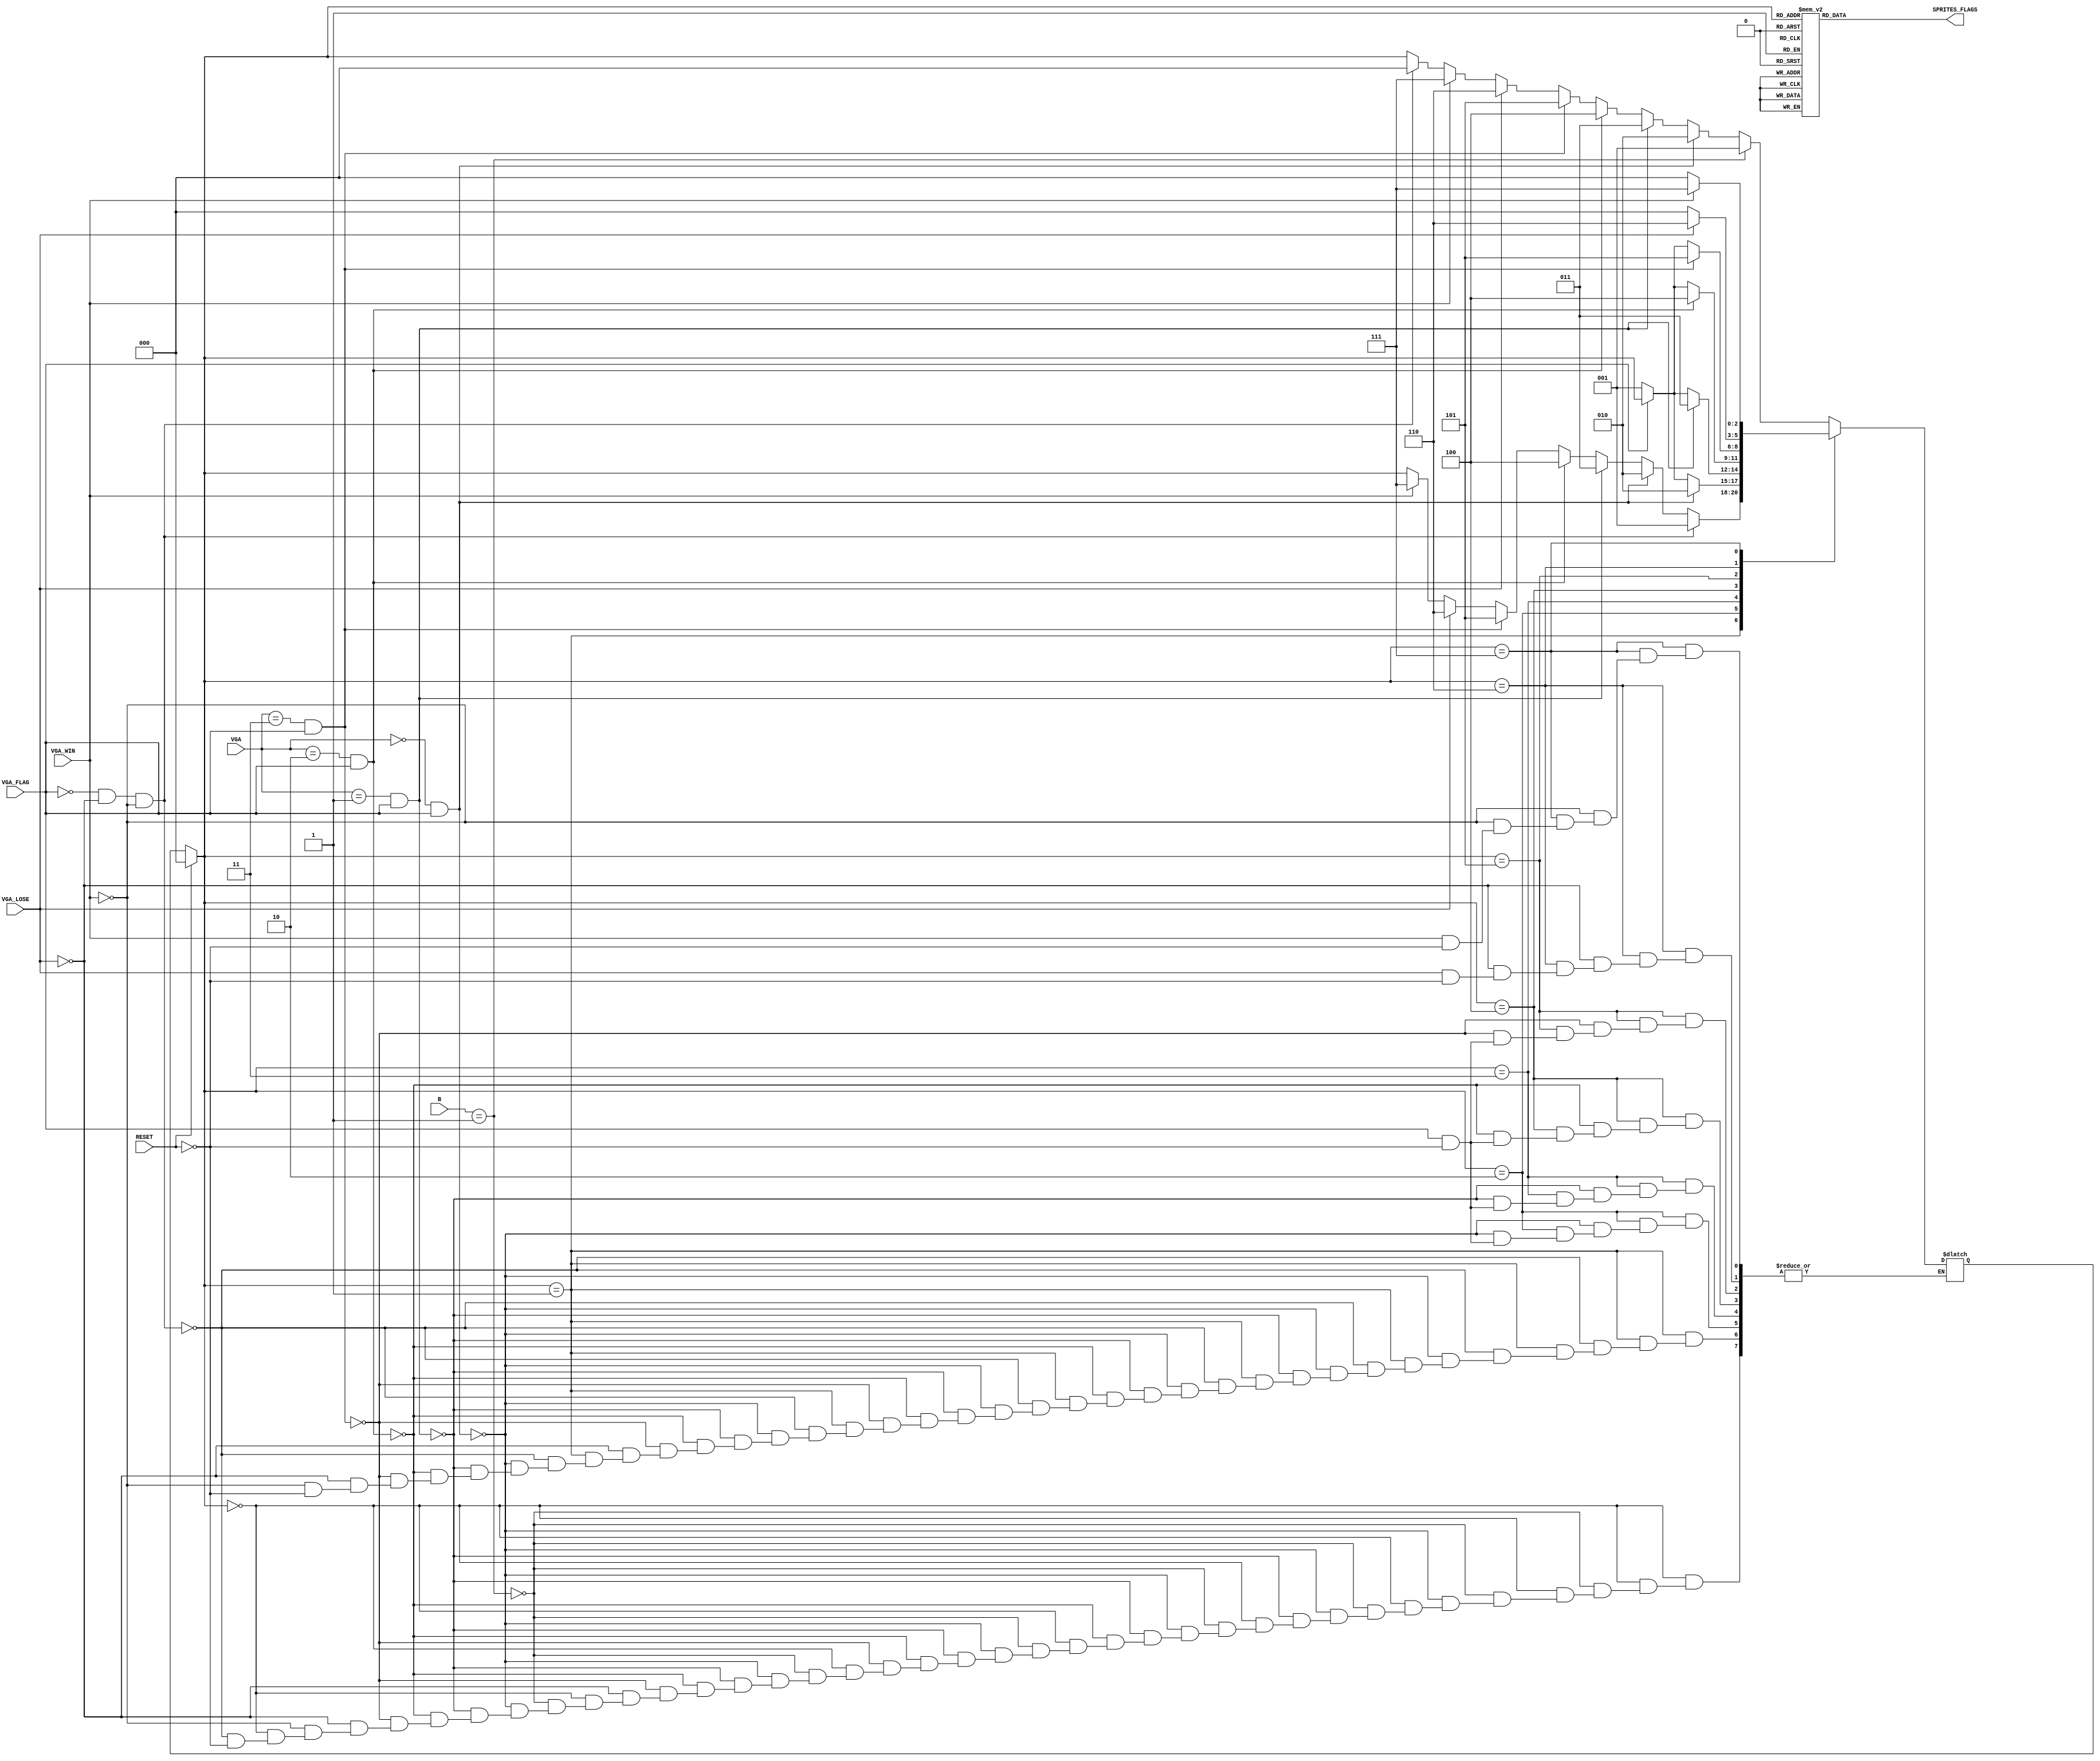
module genius_vga(
  // ------ Input
  input VGA_FLAG,
  input VGA_LOSE,
  input VGA_WIN,
  input [1:0] VGA,
  input [2:0] B,
  input RESET,

  // ------ Output
  output reg [6:0] SPRITES_FLAGS  // {BLUE, GREEN, RED, YELLOW, LOSE, WIN, PWR_BTN}
);

reg[2:0] estado_atual;
reg[2:0] estado_futuro;

parameter
    ESPERAR = 0,
    POWER_ON = 1,
    BLUE_STATE = 2,
    GREEN_STATE = 3,
    RED_STATE = 4,
    YELLOW_STATE = 5,
    LOSE = 6,
    WIN = 7;
    
parameter
    BLUE = 2'b00,
    GREEN = 2'b01,
    RED = 2'b10,
    YELLOW = 2'b11;

initial
begin
  SPRITES_FLAGS = 7'b0000000;
end

always @(*)
  begin
    if (RESET)
    begin
      estado_atual <= ESPERAR;
    end
    else
    begin
      estado_atual <= estado_futuro;
    end
  end

  always @(*) begin //Decodificador de Prximo Estado

    if (RESET) begin
      estado_futuro = ESPERAR;
    end

    case (estado_atual)
      ESPERAR:
      begin
        if (VGA_FLAG == 0 && VGA_LOSE == 0 && VGA_WIN == 0)
            estado_futuro = ESPERAR;
        if (B == 1)
            estado_futuro = POWER_ON;
        else if (VGA == BLUE && VGA_FLAG == 1)
            estado_futuro = BLUE_STATE;
        else if (VGA == GREEN && VGA_FLAG == 1)
            estado_futuro = GREEN_STATE;
        else if (VGA == RED && VGA_FLAG == 1)
            estado_futuro = RED_STATE;
        else if (VGA == YELLOW && VGA_FLAG == 1)
            estado_futuro = YELLOW_STATE;
        else if (VGA_LOSE == 1)
            estado_futuro = LOSE;
        else if (VGA_WIN == 1)
            estado_futuro = WIN;
      end

      POWER_ON:
      begin
        if (VGA_FLAG == 0 && VGA_LOSE == 0 && VGA_WIN == 0)
            estado_futuro = POWER_ON;
        else if (VGA == BLUE && VGA_FLAG == 1)
            estado_futuro = BLUE_STATE;
        else if (VGA == GREEN && VGA_FLAG == 1)
            estado_futuro = GREEN_STATE;
        else if (VGA == RED && VGA_FLAG == 1)
            estado_futuro = RED_STATE;
        else if (VGA == YELLOW && VGA_FLAG == 1)
            estado_futuro = YELLOW_STATE;
        else if (VGA_LOSE == 1)
            estado_futuro = LOSE;
        else if (VGA_WIN == 1)
            estado_futuro = WIN;
      end

      BLUE_STATE:
      begin
        if (VGA == BLUE && VGA_FLAG == 1)
            estado_futuro = BLUE_STATE;
        else if (VGA_FLAG == 0)
            estado_futuro = POWER_ON;
      end

      GREEN_STATE:
      begin
        if (VGA == GREEN && VGA_FLAG == 1)
            estado_futuro = GREEN_STATE;
        else if (VGA_FLAG == 0)
            estado_futuro = POWER_ON;
      end

      RED_STATE:
      begin
        if (VGA == RED && VGA_FLAG == 1)
            estado_futuro = RED_STATE;
        else if (VGA_FLAG == 0)
            estado_futuro = POWER_ON;
      end

      YELLOW_STATE:
      begin
        if (VGA == YELLOW && VGA_FLAG == 1)
            estado_futuro = YELLOW_STATE;
        else if (VGA_FLAG == 0)
            estado_futuro = POWER_ON;
      end

      LOSE:
      begin
        if (VGA_LOSE == 1)
            estado_futuro = LOSE;
        else if (VGA_LOSE == 0)
            estado_futuro = ESPERAR;
      end

      WIN:
      begin
        if (VGA_WIN == 1)
            estado_futuro = WIN;
        else if (VGA_WIN == 0)
            estado_futuro = ESPERAR;
      end

      default: estado_futuro = POWER_ON;
    endcase
  end

  // Determinar as sadas 
  always @(*) begin 

    if (RESET) begin
      SPRITES_FLAGS = 7'b0000000;
    end

    case (estado_atual)
      ESPERAR:
      begin
        SPRITES_FLAGS = 7'b0000000;
      end

      POWER_ON:
      begin
        SPRITES_FLAGS = 7'b0000001;
      end

      BLUE_STATE:
      begin
        SPRITES_FLAGS = 7'b1000001;
      end

      GREEN_STATE:
      begin
        SPRITES_FLAGS = 7'b0100001;
      end

      RED_STATE:
      begin
        SPRITES_FLAGS = 7'b0010001;
      end

      YELLOW_STATE:
      begin
        SPRITES_FLAGS = 7'b0001001;
      end

      LOSE:
      begin
        SPRITES_FLAGS = 7'b0000100;
      end

      WIN:
      begin
        SPRITES_FLAGS = 7'b0000010;
      end

      default: SPRITES_FLAGS = 7'b0000000;
    endcase
  end

endmodule